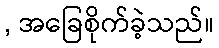
, အခြေစိုက်ခဲ့သည်။